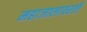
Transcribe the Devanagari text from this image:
महाजालावरती